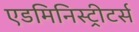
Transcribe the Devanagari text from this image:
एडमिनिस्ट्रीटर्स